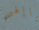
ياإلهى